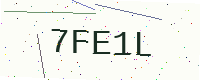
Text: 7FE1L